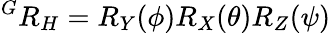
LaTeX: {{^G}R_{H}}={R_{Y}(\phi)}{R_{X}(\theta)}{R_{Z}(\psi)}